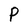
Character: P